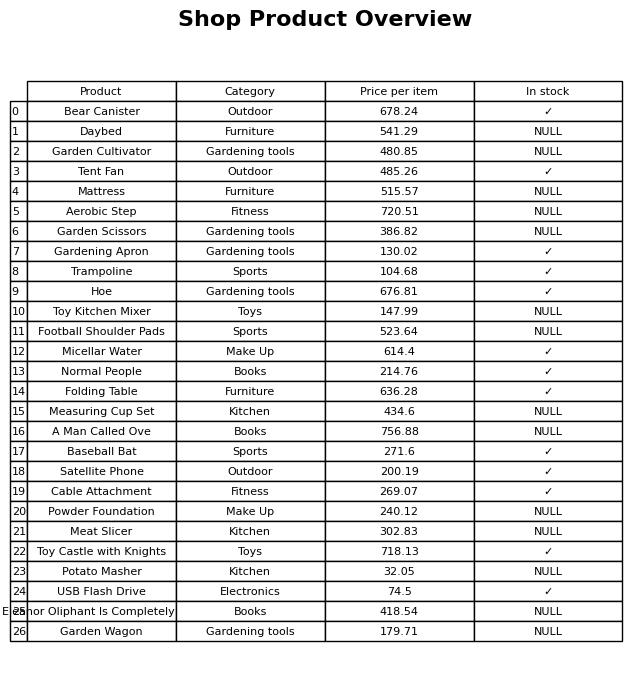
question: What is the price for Garden Wagon?
answer: The price of Garden Wagon is 179.71.